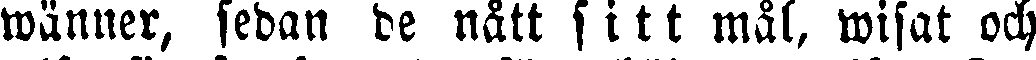
wänner, sedan de nått sitt mål, wisat och